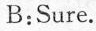
B:Sure.